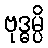
ဗုဒ္ဓမ္ပိ